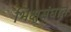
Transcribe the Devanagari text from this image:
भिक्षुसंघात